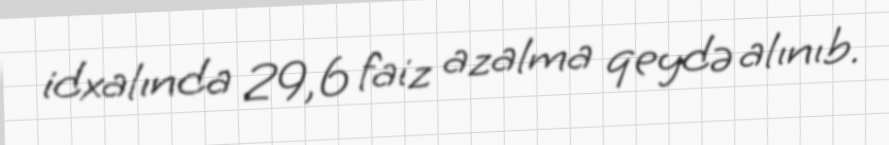
idxalında 29,6 faiz azalma qeydə alınıb.